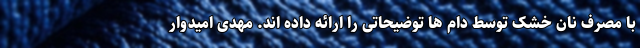
با مصرف نان خشک توسط دام ها توضیحاتی را ارائه داده اند. مهدی امیدوار